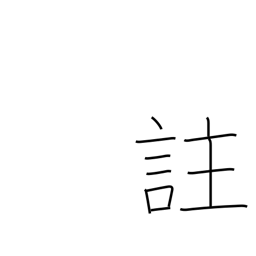
Meaning: comment